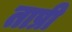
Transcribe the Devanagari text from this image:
ताप्री